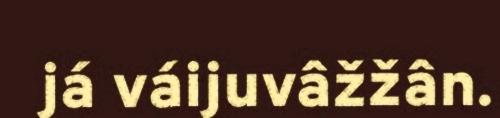
já váijuvâžžân.